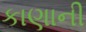
કાણાની